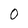
Character: 0